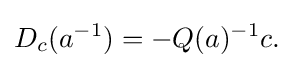
\displaystyle {D_{c}(a^{-1})=-Q(a)^{-1}c.}